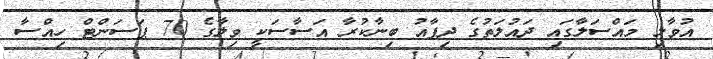
އުވާލި މައްސަލާގައި ދައުލަތުގެ ދިފާއު ބިނާކުރާ އަސާސަކީ ވިލާގެ 70 ޕަސަންޓް ހިއްސާ